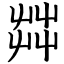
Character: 茻